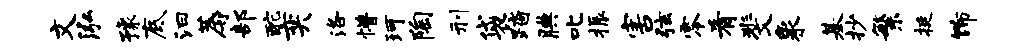
文泓豫底汩蓐部酡奕洛懵珂陶刑袋踏腆叱振害弦零肴斐象基抄繁挺饰